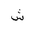
Letter: _shin